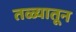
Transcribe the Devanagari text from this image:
तळ्यातून